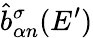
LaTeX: \hat{b}_{\alpha n}^{\sigma}(E^{\prime})